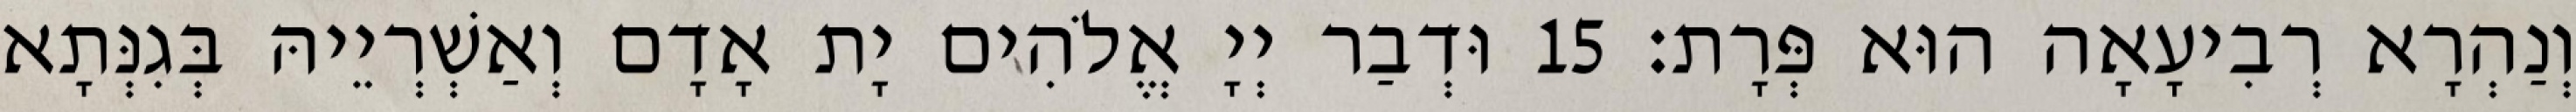
וְנַהְרָא רְבִיעָאָה הוּא פְּרָת׃ 15 וּדְבַר יְיָ אֱלֹהִים יָת אָדָם וְאַשְׁרְיֵיהּ בְּגִנְּתָא